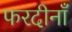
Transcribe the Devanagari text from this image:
फरदीनाँ